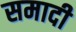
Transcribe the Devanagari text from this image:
समादी